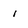
Character: i